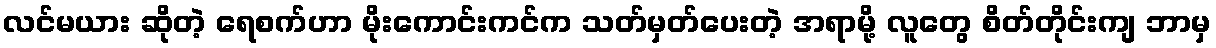
လင်မယား ဆိုတဲ့ ရေစက်ဟာ မိုးကောင်းကင်က သတ်မှတ်ပေးတဲ့ အရာမို့ လူတွေ စိတ်တိုင်းကျ ဘာမှ